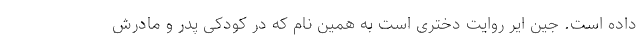
داده است. جین ایر روایت دختری است به همین نام که در کودکی پدر و مادرش